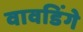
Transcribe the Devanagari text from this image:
वावडिंगे